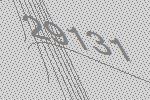
29131